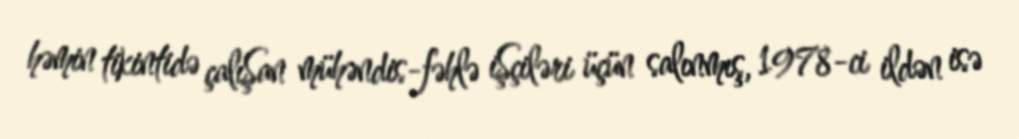
həmin tikintidə çalıŞan mühəndis-fəhlə iŞçiləri üçün salınmış, 1978-ci ildən isə